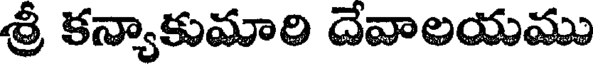
శ్రీ కన్యాకుమారి దేవాలయము